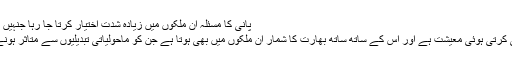
پانی کا مسئلہ ان ملکوں میں زیادہ شدت اختیار کرتا جا رہا جنہیں ماحولیاتی تبدیلیوں کا سامنا ہے
بھارت دنیا کی تیزی سے ترقی کرتی ہوئی معیشت ہے اور اس کے ساتھ ساتھ بھارت کا شمار ان ملکوں میں بھی ہوتا ہے جن کو ماحولیاتی تبدیلیوں سے متاثر ہونے کا سب سے زیادہ خطرہ ہے۔